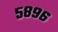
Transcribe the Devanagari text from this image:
५८९६